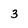
Character: 3